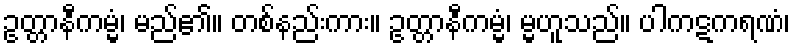
ဥတ္တာနီကမ္မံ၊ မည်၏။ တစ်နည်းကား။ ဥတ္တာနီကမ္မံ၊ မ္မဟူသည်။ ပါကဋကရဏံ၊